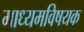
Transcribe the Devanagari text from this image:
माध्यमविषयक